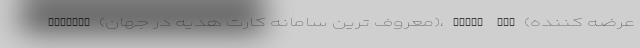
EGifter (معروف ترین سامانه کارت هدیه در جهان)، cheap air (عرضه کننده